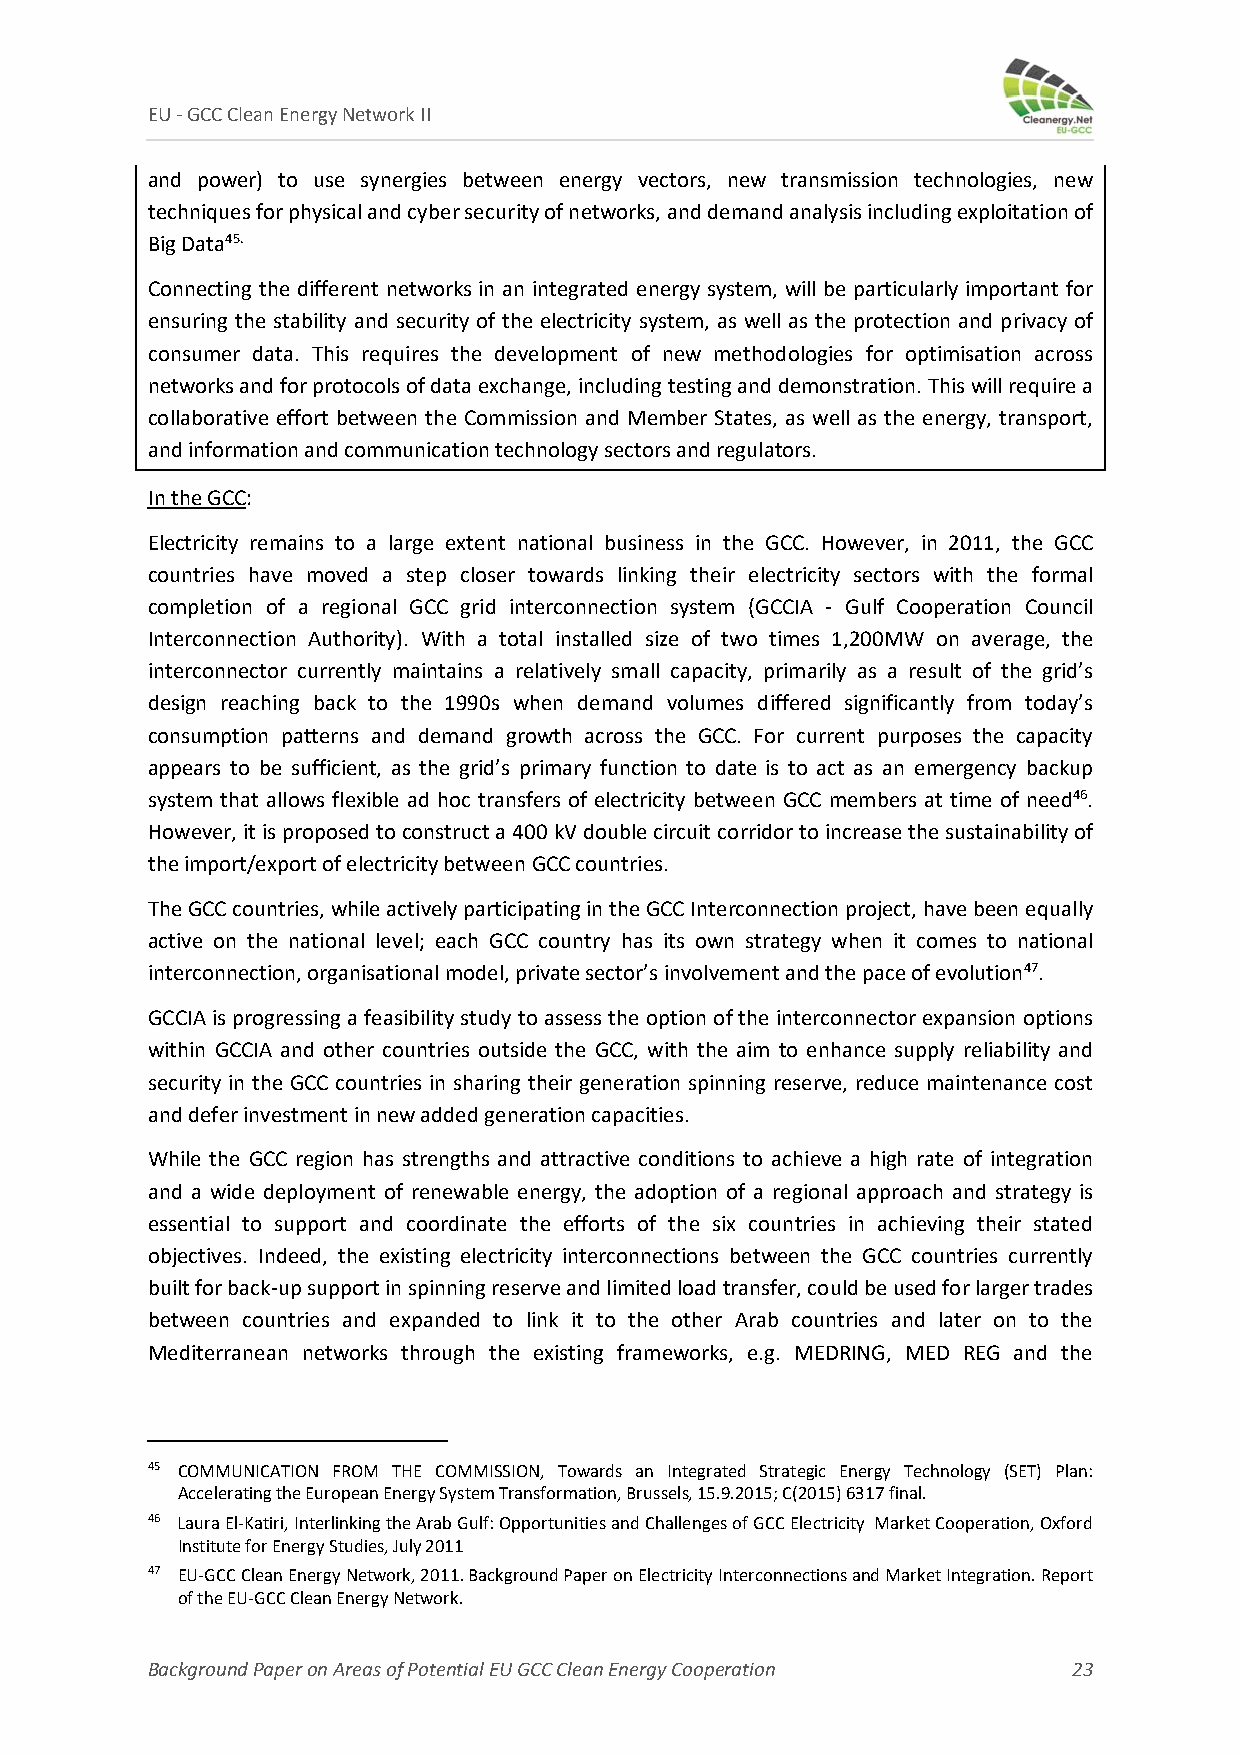
EU ‐ GCC Clean Energy Network II
 and power) to use synergies between energy vectors, new transmission technologies, new
 techniques for physical and cyber security of networks, and demand analysis including exploitation of
 Big Data45.
 Connecting the different networks in an integrated energy system, will be particularly important for
 ensuring the stability and security of the electricity system, as well as the protection and privacy of
 consumer data. This requires the development of new methodologies for optimisation across
 networks and for protocols of data exchange, including testing and demonstration. This will require a
 collaborative effort between the Commission and Member States, as well as the energy, transport,
 and information and communication technology sectors and regulators.
 In the GCC:
 Electricity remains to a large extent national business in the GCC. However, in 2011, the GCC
 countries have moved a step closer towards linking their electricity sectors with the formal
 completion of a regional GCC grid interconnection system (GCCIA ‐ Gulf Cooperation Council
 Interconnection Authority). With a total installed size of two times 1,200MW on average, the
 interconnector currently maintains a relatively small capacity, primarily as a result of the grid’s
 design reaching back to the 1990s when demand volumes differed significantly from today’s
 consumption patterns and demand growth across the GCC. For current purposes the capacity
 appears to be sufficient, as the grid’s primary function to date is to act as an emergency backup
 system that allows flexible ad hoc transfers of electricity between GCC members at time of need46.
 However, it is proposed to construct a 400 kV double circuit corridor to increase the sustainability of
 the import/export of electricity between GCC countries.
 The GCC countries, while actively participating in the GCC Interconnection project, have been equally
 active on the national level; each GCC country has its own strategy when it comes to national
 interconnection, organisational model, private sector’s involvement and the pace of evolution47.
 GCCIA is progressing a feasibility study to assess the option of the interconnector expansion options
 within GCCIA and other countries outside the GCC, with the aim to enhance supply reliability and
 security in the GCC countries in sharing their generation spinning reserve, reduce maintenance cost
 and defer investment in new added generation capacities.
 While the GCC region has strengths and attractive conditions to achieve a high rate of integration
 and a wide deployment of renewable energy, the adoption of a regional approach and strategy is
 essential to support and coordinate the efforts of the six countries in achieving their stated
 objectives. Indeed, the existing electricity interconnections between the GCC countries currently
 built for back‐up support in spinning reserve and limited load transfer, could be used for larger trades
 between countries and expanded to link it to the other Arab countries and later on to the
 Mediterranean networks through the existing frameworks, e.g. MEDRING, MED REG and the
 45 COMMUNICATION FROM THE COMMISSION, Towards an Integrated Strategic Energy Technology (SET) Plan:
 Accelerating the European Energy System Transformation, Brussels, 15.9.2015; C(2015) 6317 final.
 46 Laura El‐Katiri, Interlinking the Arab Gulf: Opportunities and Challenges of GCC Electricity Market Cooperation, Oxford
 Institute for Energy Studies, July 2011
 47 EU‐GCC Clean Energy Network, 2011. Background Paper on Electricity Interconnections and Market Integration. Report
 of the EU‐GCC Clean Energy Network.
 Background Paper on Areas of Potential EU GCC Clean Energy Cooperation 23